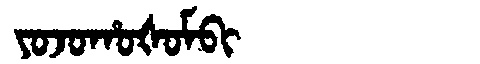
Manchu: ᠶᠣᠵᠣᡥᠣᡧᠣᠮᠪᡳ
Romanization: YOJOHOŠOMBI